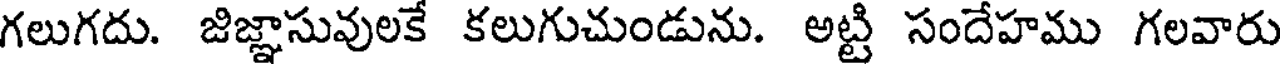
గలుగదు. జిజ్ఞాసువులకే కలుగుచుండును. అట్టి సందేహము గలవారు